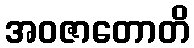
အဝဇာတောတိ